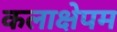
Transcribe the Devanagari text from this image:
कलाक्षेपम